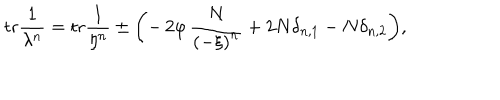
LaTeX: \mathrm { t r } \frac { 1 } { \lambda ^ { n } } = \mathrm { t r } \frac { 1 } { \eta ^ { n } } \pm \biggl ( - \, 2 \varphi \, \frac { N } { \left( - \xi \right) ^ { n } } + 2 N \delta _ { n , 1 } - N \delta _ { n , 2 } \biggl ) ,